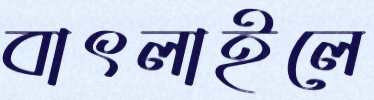
বাৎলাইলে